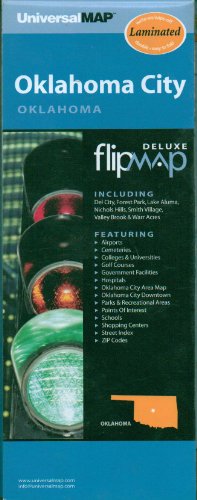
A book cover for Oklahoma City, Ok (Deluxe City Flip Map); Universal Map; Travel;